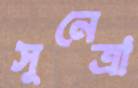
সুনেত্রা